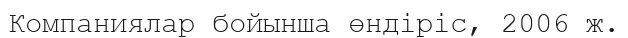
Компаниялар бойынша өндіріс, 2006 ж.